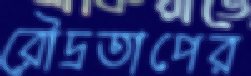
রৌদ্রতাপের